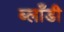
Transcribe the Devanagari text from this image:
ब्लाँडी